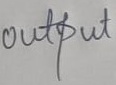
Text: output